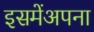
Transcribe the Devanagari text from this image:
इसमेंअपना